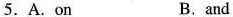
5.A.On B.and